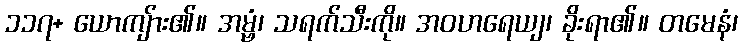
၁၁၇+ ယောကျ်ား၏။ အမ္ဗံ၊ သရက်သီးကို။ အဝဟရေယျ၊ ခိုးရာ၏။ တမေနံ၊